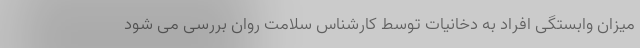
میزان وابستگی افراد به دخانیات توسط کارشناس سلامت روان بررسی می ‌شود